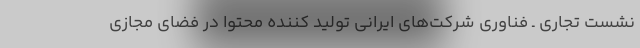
نشست تجاری ـ فناوری شرکت‌های ایرانی تولید کننده محتوا در فضای مجازی